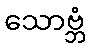
သောဗ္ဘံ